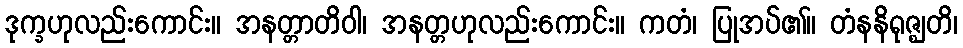
ဒုက္ခဟုလည်းကောင်း။ အနတ္တာတိဝါ၊ အနတ္တဟုလည်းကောင်း။ ကတံ၊ ပြုအပ်၏။ တံနနိရုဇ္ဈတိ၊